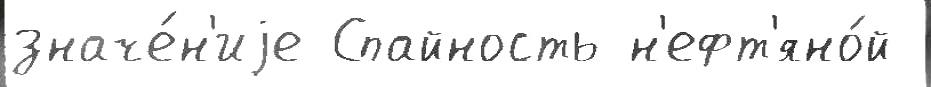
значе́н'иjе Спайность н'ефт'яно́й